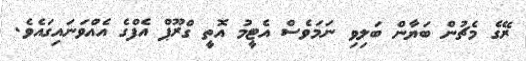
ރޭގެ މެޗުން ބަޔާން ބަލިވި ނަމަވެސް އެޓީމު އޮތީ ގްރޫޕް އެފްގެ އެއްވަނައިގައެވެ.